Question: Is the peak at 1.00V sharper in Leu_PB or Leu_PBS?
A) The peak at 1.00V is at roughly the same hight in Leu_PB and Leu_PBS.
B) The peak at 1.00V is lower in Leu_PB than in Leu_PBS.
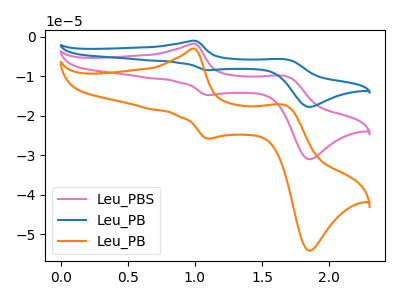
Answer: <think>The pink curve "Leu_PBS" has anodic peaks at (1.00V, -1.75uA) (1.65V, -9.90uA) and cathodic peaks at (1.10V, -14.75uA) (1.85V, -30.95uA). The blue curve "Leu_PB" has anodic peaks at (1.00V, -3.45uA) (1.65V, -19.75uA) and cathodic peaks at (1.10V, -29.50uA) (1.85V, -61.90uA). The orange curve "Leu_PB" has anodic peaks at (1.00V, -3.00uA) (1.65V, -17.25uA) and cathodic peaks at (1.10V, -25.75uA) (1.85V, -54.10uA).</think>
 <answer>B) The peak at 1.00V is lower in "Leu_PB" than in "Leu_PBS".</answer>
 <eval>B</eval>